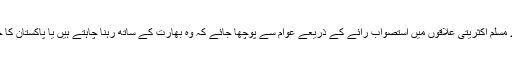
اس لئے انصاف کا تقاضا یہ ہے کہ وادی اور دوسرے مسلم اکثریتی علاقوں میں استصواب رائے کے ذریعے عوام سے پوچھا جائے کہ وہ بھارت کے ساتھ رہنا چاہتے ہیں یا پاکستان کا حصہ بننا چاہتے ہیں یا ایک آزاد ملک بنانا چاہتے ہیں۔